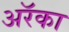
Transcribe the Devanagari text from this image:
अरॅका